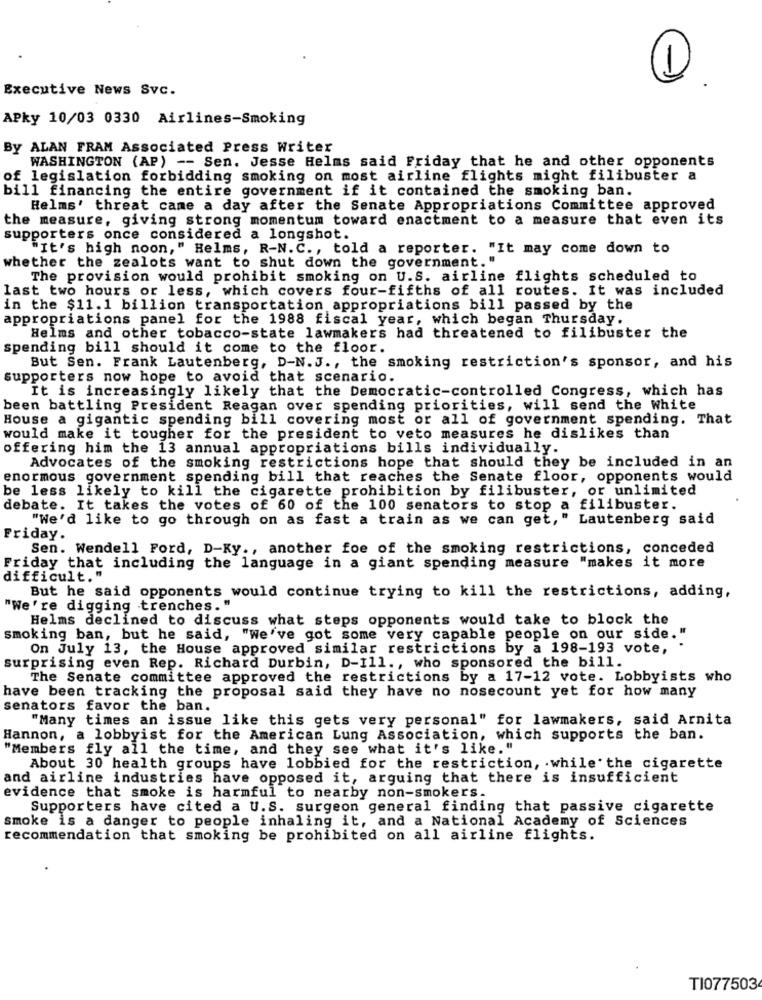
Executive News Svc.
APky 10/03 0330 Airlines-Smoking
By ALAN FRAM Associated Press Writer
WASHINGTON (AP) -- Sen. Jesse Helms said Friday that he and other opponents
of legislation forbidding smoking on most airline flights might filibuster a
bill financing the entire government if it contained the smoking ban.
Helms' threat came a day after the Senate Appropriations Committee approved
the measure, giving strong momentum toward enactment to a measure that even its
supporters once considered a longshot.
"It's high noon," Helms, R-N. C ., told a reporter. "It may come down to
whether the zealots want to shut down the government."
The provision would prohibit smoking on U.S. airline flights scheduled to
last two hours or less, which covers four-fifths of all routes. It was included
in the $11.1 billion transportation appropriations bill passed by the
appropriations panel for the 1988 fiscal year, which began Thursday.
Helms and other tobacco-state lawmakers had threatened to filibuster the
spending bill should it come to the floor.
But Sen. Frank Lautenberg, D-N.J ., the smoking restriction's sponsor, and his
supporters now hope to avoid that scenario.
It is increasingly likely that the Democratic-controlled Congress, which has
been battling President Reagan over spending priorities, will send the White
House a gigantic spending bill covering most or all of government spending. That
would make it tougher for the president to veto measures he dislikes than
offering him the 13 annual appropriations bills individually.
Advocates of the smoking restrictions hope that should they be included in an
enormous government spending bill that reaches the Senate floor, opponents would
be less likely to kill the cigarette prohibition by filibuster, or unlimited
debate. It takes the votes of 60 of the 100 senators to stop a filibuster.
"We'd like to go through on as fast a train as we can get,
" Lautenberg said
Friday.
Sen. Wendell Ford, D-Ky ., another foe of the smoking restrictions, conceded
Friday that including the language in a giant spending measure "makes it more
difficult."
But he said opponents would continue trying to kill the restrictions, adding,
"We're digging trenches."
Helms declined to discuss what steps opponents would take to block the
smoking ban, but he said, "We've got some very capable people on our side."
On July 13, the House approved similar restrictions by a 198-193 vote,
surprising even Rep. Richard Durbin, D-Ill ., who sponsored the bill.
The Senate committee approved the restrictions by a 17-12 vote. Lobbyists who
have been tracking the proposal said they have no nosecount yet for how many
senators favor the ban.
"Many times an issue like this gets very personal" for lawmakers, said Arnita
Hannon, a lobbyist for the American Lung Association, which supports the ban.
"Members fly all the time, and they see what it's like."
About 30 health groups have lobbied for the restriction, while the cigarette
and airline industries have opposed it, arguing that there is insufficient
evidence that smoke is harmful to nearby non-smokers.
Supporters have cited a U.S. surgeon general finding that passive cigarette
smoke is a danger to people inhaling it, and a National Academy of Sciences
recommendation that smoking be prohibited on all airline flights.
TI077503